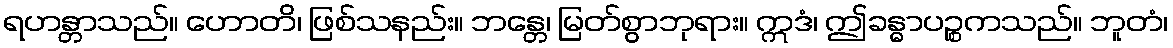
ရဟန္တာသည်။ ဟောတိ၊ ဖြစ်သနည်း။ ဘန္တေ၊ မြတ်စွာဘုရား။ ဣဒံ၊ ဤခန္ဓာပဉ္စကသည်။ ဘူတံ၊